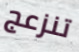
تنزعج